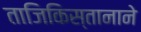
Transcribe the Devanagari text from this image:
ताजिकिस्तानाने